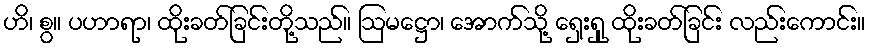
ဟိ၊ စွ။ ပဟာရာ၊ ထိုးခတ်ခြင်းတို့သည်။ ဩမဋ္ဌော၊ အောက်သို့ ရှေးရှု ထိုးခတ်ခြင်း လည်းကောင်း။